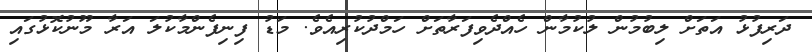
ދަރިފުޅު އަތަށް ލިބުމުން ލުކުމާން ހެއްދެވިފަރާތަށް ހަމްދުކުރިއެވެ. މަޑު ފިނިފެންމާކުލަ އަރާ މޫނުކޮޅުގައި